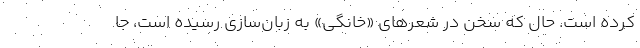
کرده است. حال که سخن در شعرهای «خانگی» به زبان‌سازی رسیده است، جا